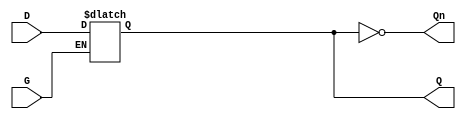
module async_gated_latch (
    input wire D,        // Data input
    input wire G,        // Gate control signal
    output reg Q,        // Output
    output wire Qn       // Complementary output
);

// Assign Qn as the complementary output of Q
assign Qn = ~Q;

// Always block for asynchronous operation
always @ (D or G) begin
    if (G) begin
        Q <= D; // If G is high, update Q with D
    end
    // If G is low, Q retains its last state (no need to explicitly assign)
end

endmodule